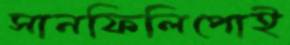
সানফিলিপোই